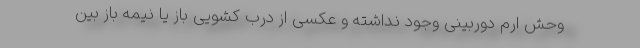
وحش ارم دوربینی وجود نداشته و عکسی از درب کشویی باز یا نیمه باز بین